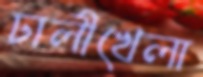
ঢালীখেলা